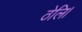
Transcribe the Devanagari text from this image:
ठेलि।